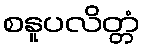
စနူပလိတ္တံ